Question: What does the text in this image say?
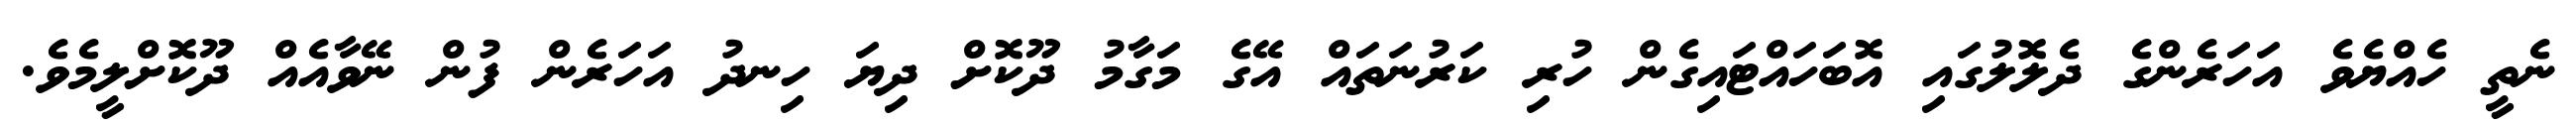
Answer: ނެތީ ހެއްޔެވެ އަހަރެންގެ ދެލޮލުގައި އޮބަހައްޓައިގެން ހުރި ކަރުނަތައް އޭގެ މަގާމު ދޫކޮށް ދިޔަ ހިނދު އަހަރެން ފުން ނޭވާއެއް ދޫކޮށްލީމެވެ.